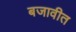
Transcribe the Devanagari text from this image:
बजावीत